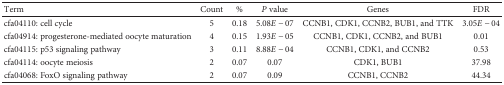
<table><thead><tr><td><b>Term</b></td><td><b>Count</b></td><td><b>%</b></td><td><b><i>P</i> value</b></td><td><b>Genes</b></td><td><b>FDR</b></td></tr></thead><tbody><tr><td>cfa04110: cell cycle</td><td>5</td><td>0.18</td><td>5.08<i>E</i> − 07</td><td>CCNB1, CDK1, CCNB2, BUB1, and TTK</td><td>3.05<i>E</i> − 04</td></tr><tr><td>cfa04914: progesterone-mediated oocyte maturation</td><td>4</td><td>0.15</td><td>1.93<i>E</i> − 05</td><td>CCNB1, CDK1, CCNB2, and BUB1</td><td>0.01</td></tr><tr><td>cfa04115: p53 signaling pathway</td><td>3</td><td>0.11</td><td>8.88<i>E</i> − 04</td><td>CCNB1, CDK1, and CCNB2</td><td>0.53</td></tr><tr><td>cfa04114: oocyte meiosis</td><td>2</td><td>0.07</td><td>0.07</td><td>CDK1, BUB1</td><td>37.98</td></tr><tr><td>cfa04068: FoxO signaling pathway</td><td>2</td><td>0.07</td><td>0.09</td><td>CCNB1, CCNB2</td><td>44.34</td></tr></tbody></table>